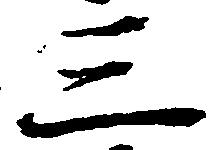
三